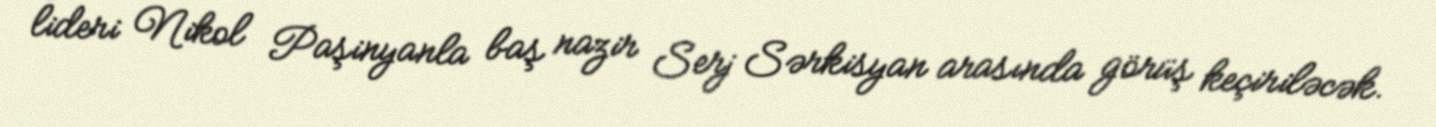
lideri Nikol Paşinyanla baş nazir Serj Sərkisyan arasında görüş keçiriləcək.